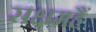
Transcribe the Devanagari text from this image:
सक्षमहैं